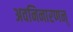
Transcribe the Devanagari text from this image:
अवनिनारणन्